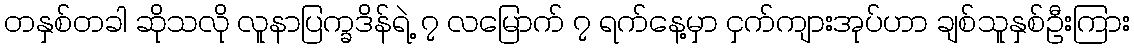
တနှစ်တခါ ဆိုသလို လူနာပြက္ခဒိန်ရဲ့ ၇ လမြောက် ၇ ရက်နေ့မှာ ငှက်ကျားအုပ်ဟာ ချစ်သူနှစ်ဦးကြား